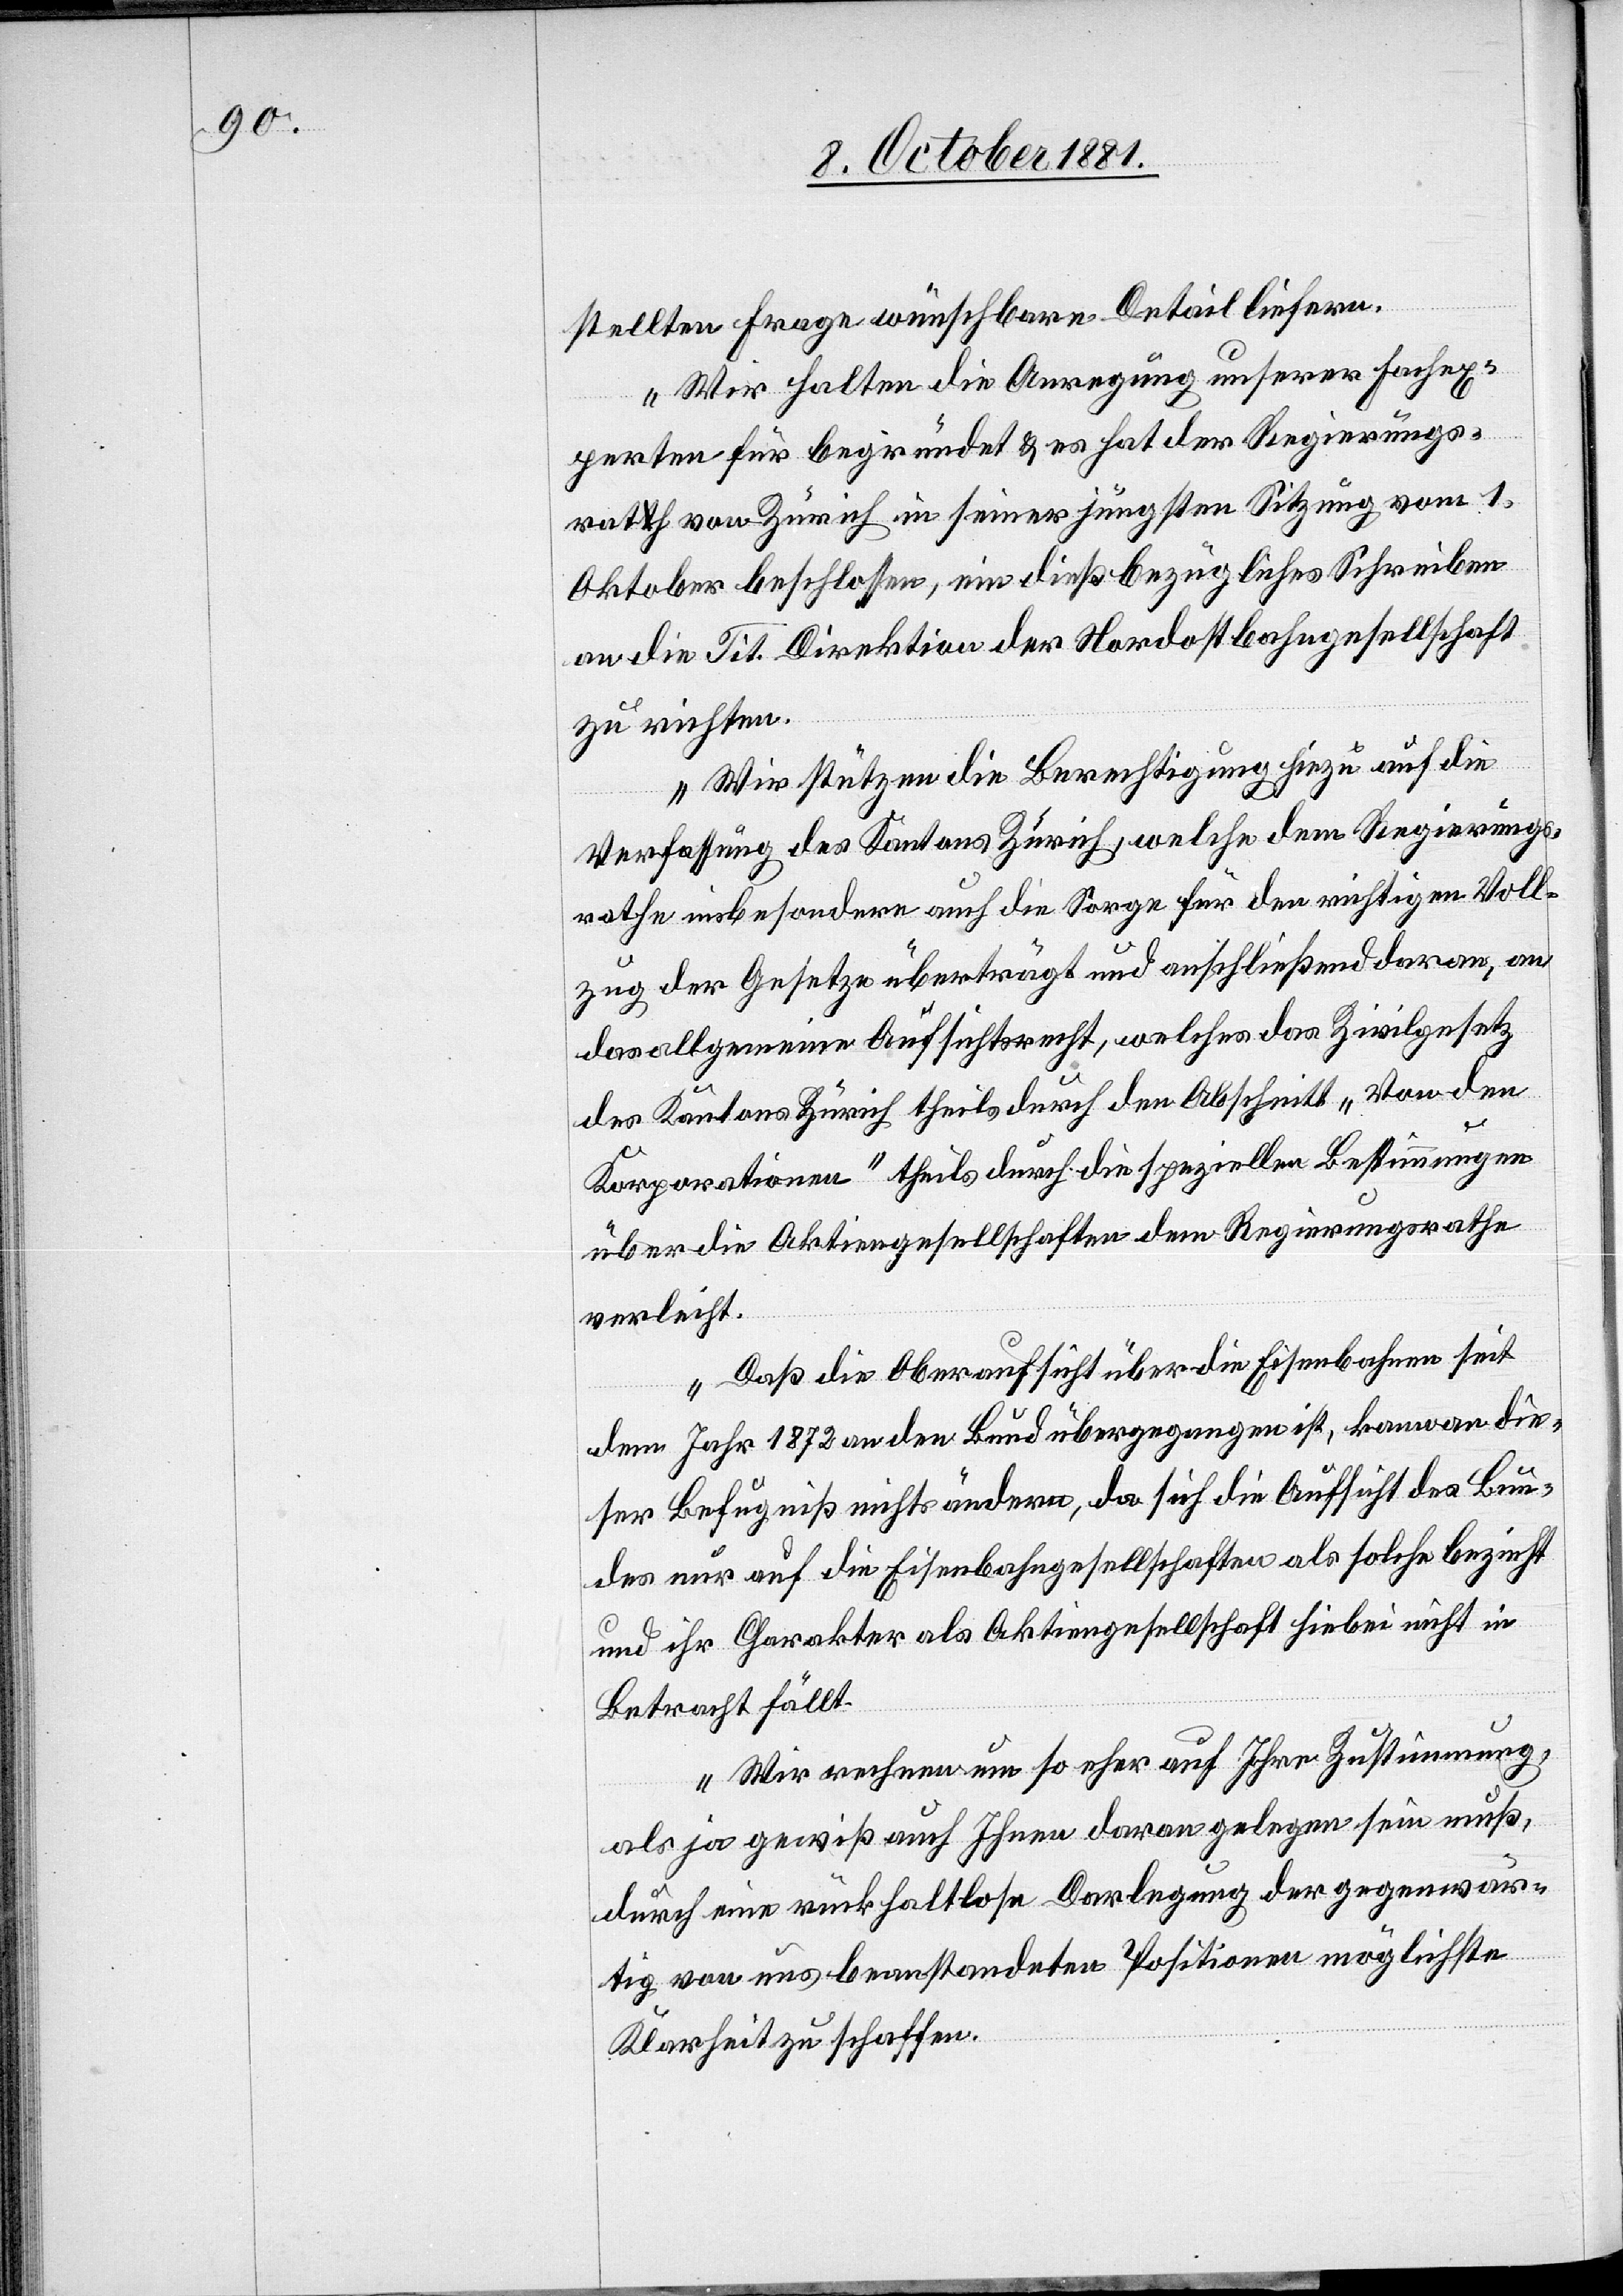
stellten Frage wünschbare Detail liefern.
Wir halten die Anregung unserer Fachex¬
perten für begründet & es hat der Regierungs¬
rath von Zürich in seiner jüngsten Sitzung vom 1.
Oktober beschlossen, ein dießbezügliches Schreiben
an die Tit. Direktion der Nordostbahngesellschaft
zu richten.
Wir stützen die Berechtigung hiezu auf die
Verfassung des Kantons Zürich, welche dem Regierungs¬
rathe insbesondere auch die Sorge für den richtigen Voll¬
zug der Gesetze überträgt und anschließend daran, an
das allgemeine Aufsichtsrecht, welches das Zivilgesetz
des Kantons Zürich theils durch den Abschnitt „Von den
Korporationen“ theils durch die speziellen Bestimmungen
über die Aktiengesellschaften dem Regierungsrathe
verleiht.
Das die Oberaufsicht über die Eisenbahnen seit
dem Jahr 1872 an den Bund übergegangen ist, kann an die¬
ser Befugniß nichts ändern, da sich die Aufsicht des Bun¬
des nur auf die Eisenbahngesellschaften als solche bezieht
und ihr Charakter als Aktiengesellschaft hiebei nicht in
Betracht fällt.
Wir rechnen um so eher auf Ihre Zustimmung,
als ja gewiß auch Ihnen daran gelegen sein muß,
durch eine rückhaltlose Darlegung der gegenwär¬
tig von uns beanstandeten Positionen möglichste
Klarheit zu schaffen.